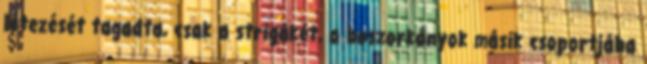
létezését tagadta, csak a strigákét, a boszorkányok másik csoportjába